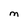
Character: M